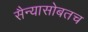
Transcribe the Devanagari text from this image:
सैन्यासोबतच